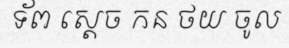
ទ័ព ស្តេច កន ថយ ចូល